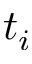
t _ { i }